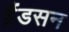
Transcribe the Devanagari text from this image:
ग्रैंडसन